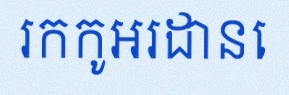
រកកូអរដោនេ